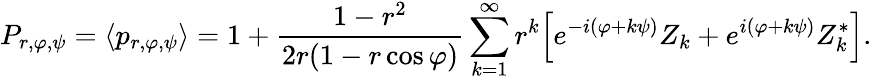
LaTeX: P_{r,\varphi,\psi}=\langle p_{r,\varphi,\psi}\rangle=1+\frac{1-r^{2}}{2r(1-r\cos\varphi)}\sum_{k=1}^{\infty}r^{k}\Big[e^{-i(\varphi+k\psi)}Z_{k}+e^{i(\varphi+k\psi)}Z_{k}^{*}\Big].